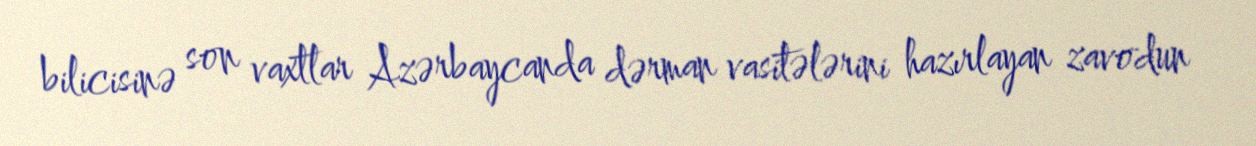
bilicisinə son vaxtlar Azərbaycanda dərman vasitələrini hazırlayan zavodun